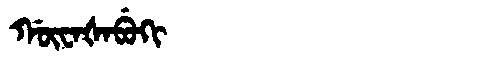
Manchu: ᡤᡡᠸᠠᡧᠠᠪᡠᡴᡳ
Romanization: GŪWAŠABUKI